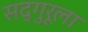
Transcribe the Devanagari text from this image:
सद्‌गुरूला